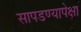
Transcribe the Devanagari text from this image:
सापडण्यापेक्षा